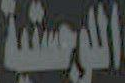
اللوجستية